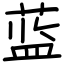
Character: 蓝